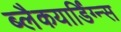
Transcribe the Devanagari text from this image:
ब्लैकयार्डिंग्न्स